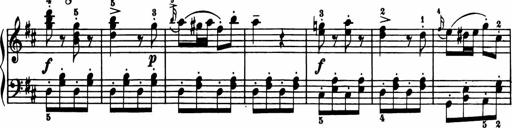
Title: 11 Sonatinas for Piano Solo
Composer: Anton Diabelli